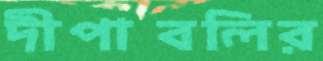
দীপাবলির